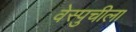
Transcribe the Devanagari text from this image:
वेस्पुचीला